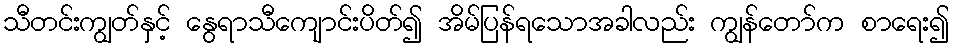
သီတင်းကျွတ်နှင့် နွေရာသီကျောင်းပိတ်၍ အိမ်ပြန်ရသောအခါလည်း ကျွန်တော်က စာရေး၍